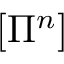
\left[ \Pi ^ { n } \right]